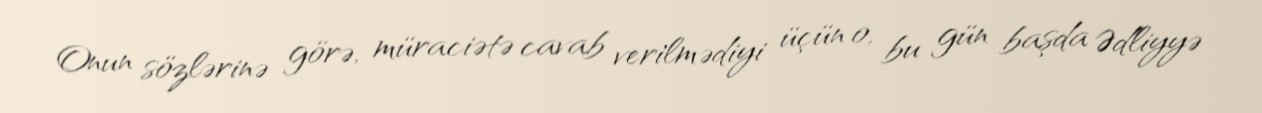
Onun sözlərinə görə, müraciətə cavab verilmədiyi üçün o, bu gün başda Ədliyyə